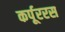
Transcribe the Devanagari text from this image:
कर्पूररस